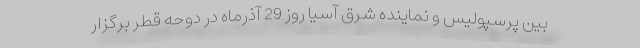
بین پرسپولیس و نماینده شرق آ‌سیا روز 29 آذرماه در دوحه قطر برگزار